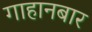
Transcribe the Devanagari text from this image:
गाहानबार